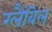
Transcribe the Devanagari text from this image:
ग्लैंविल